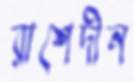
রাশেদীন